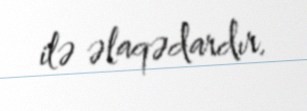
ilə əlaqədardır.